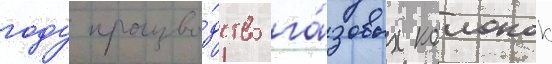
году произво́дство га́зовых колонок